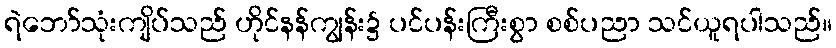
ရဲဘော်သုံးကျိပ်သည် ဟိုင်နန်ကျွန်း၌ ပင်ပန်းကြီးစွာ စစ်ပညာ သင်ယူရပါသည်။